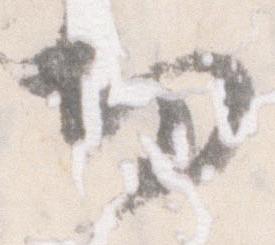
物